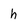
Character: h